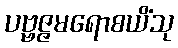
ပဗ္ဗဇ္ဇမရောစယိံသု